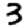
Digit: 3